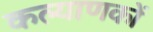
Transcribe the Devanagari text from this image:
कल्याणकों